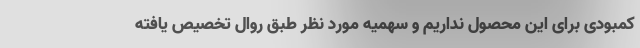
کمبودی برای این محصول نداریم و سهمیه مورد نظر طبق روال تخصیص یافته